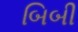
બિબી